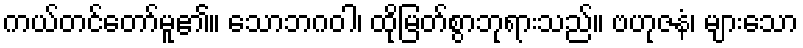
ကယ်တင်တော်မူ၏။ သောဘဂဝါ၊ ထိုမြတ်စွာဘုရားသည်။ ဗဟုဇနံ၊ များသော